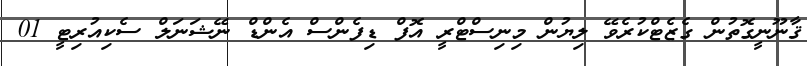
ޤާނޫނީގޮތުން ގެޒެޓްކުރެވޭ ލިޔުން މިނިސްޓްރީ އޮފް ޑިފެންސް އެންޑް ނޭޝަނަލް ސެކިއުރިޓީ 01